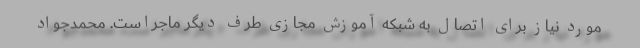
مورد نیاز برای اتصال به شبکه آموزش مجازی طرف دیگر ماجراست. محمدجواد